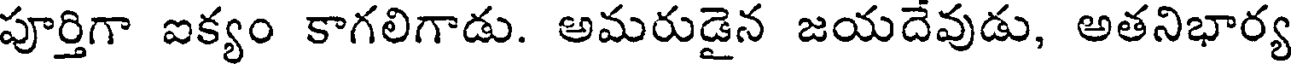
పూర్తిగా ఐక్యం కాగలిగాడు. అమరుడైన జయదేవుడు, అతనిభార్య